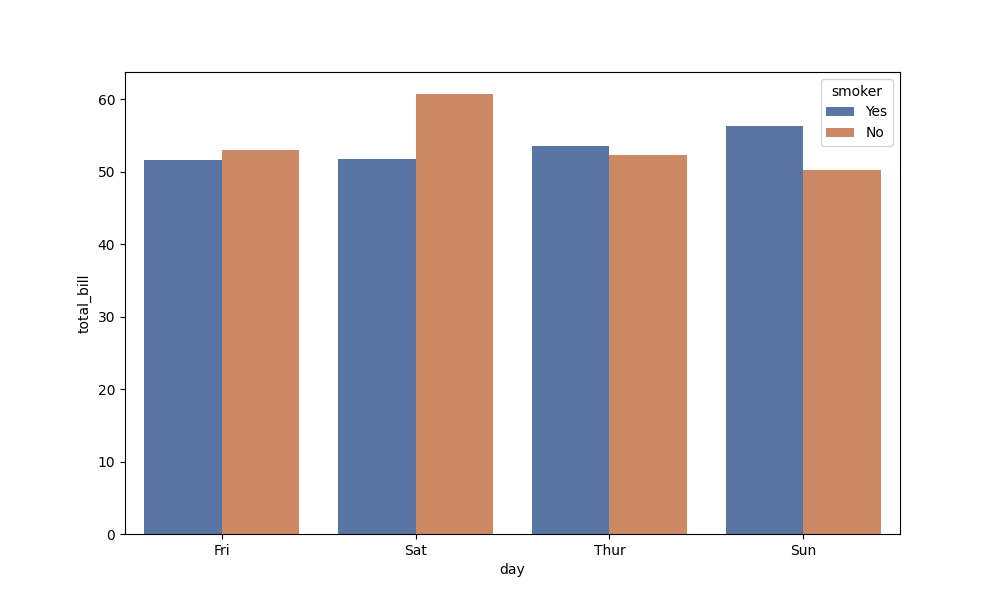
python, seaborn, barplot, hue='smoker', palette='deep', ci=None, orient='v'